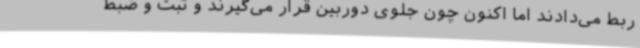
ربط می‌دادند اما اکنون چون جلوی دوربین قرار می‌گیرند و ثبت و ضبط